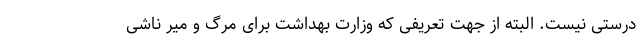
درستی نیست. البته از جهت تعریفی که وزارت بهداشت برای مرگ و میر ناشی